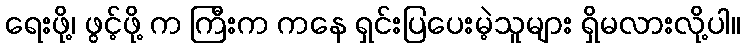
ရေးဖို့၊ ဖွင့်ဖို့ က ကြီးက ကနေ ရှင်းပြပေးမဲ့သူများ ရှိမလားလို့ပါ။